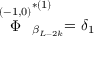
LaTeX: \stackrel { ( - 1 , 0 ) } { \Phi } _ { \beta _ { L - 2 k } } ^ { * ( 1 ) } = \delta _ { 1 }